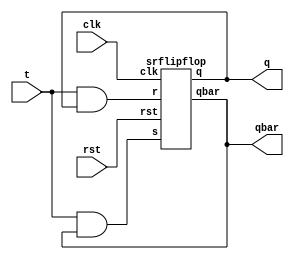
`timescale 1ns / 1ps
//////////////////////////////////////////////////////////////////////////////////
// Company: 
// Engineer: 
// 
// Design Name: 
// Module Name: tusingsrflipflop
// Project Name: 
// Target Devices: 
// Tool Versions: 
// Description: 
// 
// Dependencies: 
// 
// Revision:
// Revision 0.01 - File Created
// Additional Comments:
// 
//////////////////////////////////////////////////////////////////////////////////


module tusingsrflipflop(
    input t,clk,rst,
    output q,qbar
    );
    wire w1,w2;
    and a1(w1,t,qbar);
    and a2(w2,t,q);
    srflipflop a3(w1,w2,clk,rst,q,qbar);
endmodule
module srflipflop(
input s,r,clk,rst,
output reg q,qbar);
always @(posedge clk)
begin
if(rst)
begin
q=0;qbar=1;
end
else
 q=s|(~r&q);
 qbar=~q;
end
endmodule